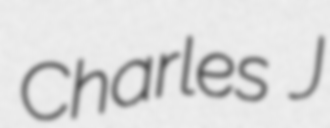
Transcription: Charles J